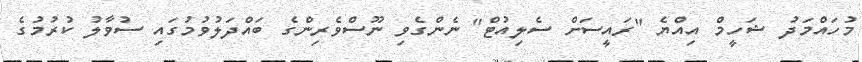
މުހައްމަދު ޝަހީމް އިއްޔެ "ރައީސަށް ސެލިއުޓް" ނެންގެވި ނޫސްވެރިންގެ ބައްދަލުވުމުގައި ސުވާލު ކުރުމުގެ